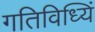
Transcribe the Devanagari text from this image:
गतिविध्यिं